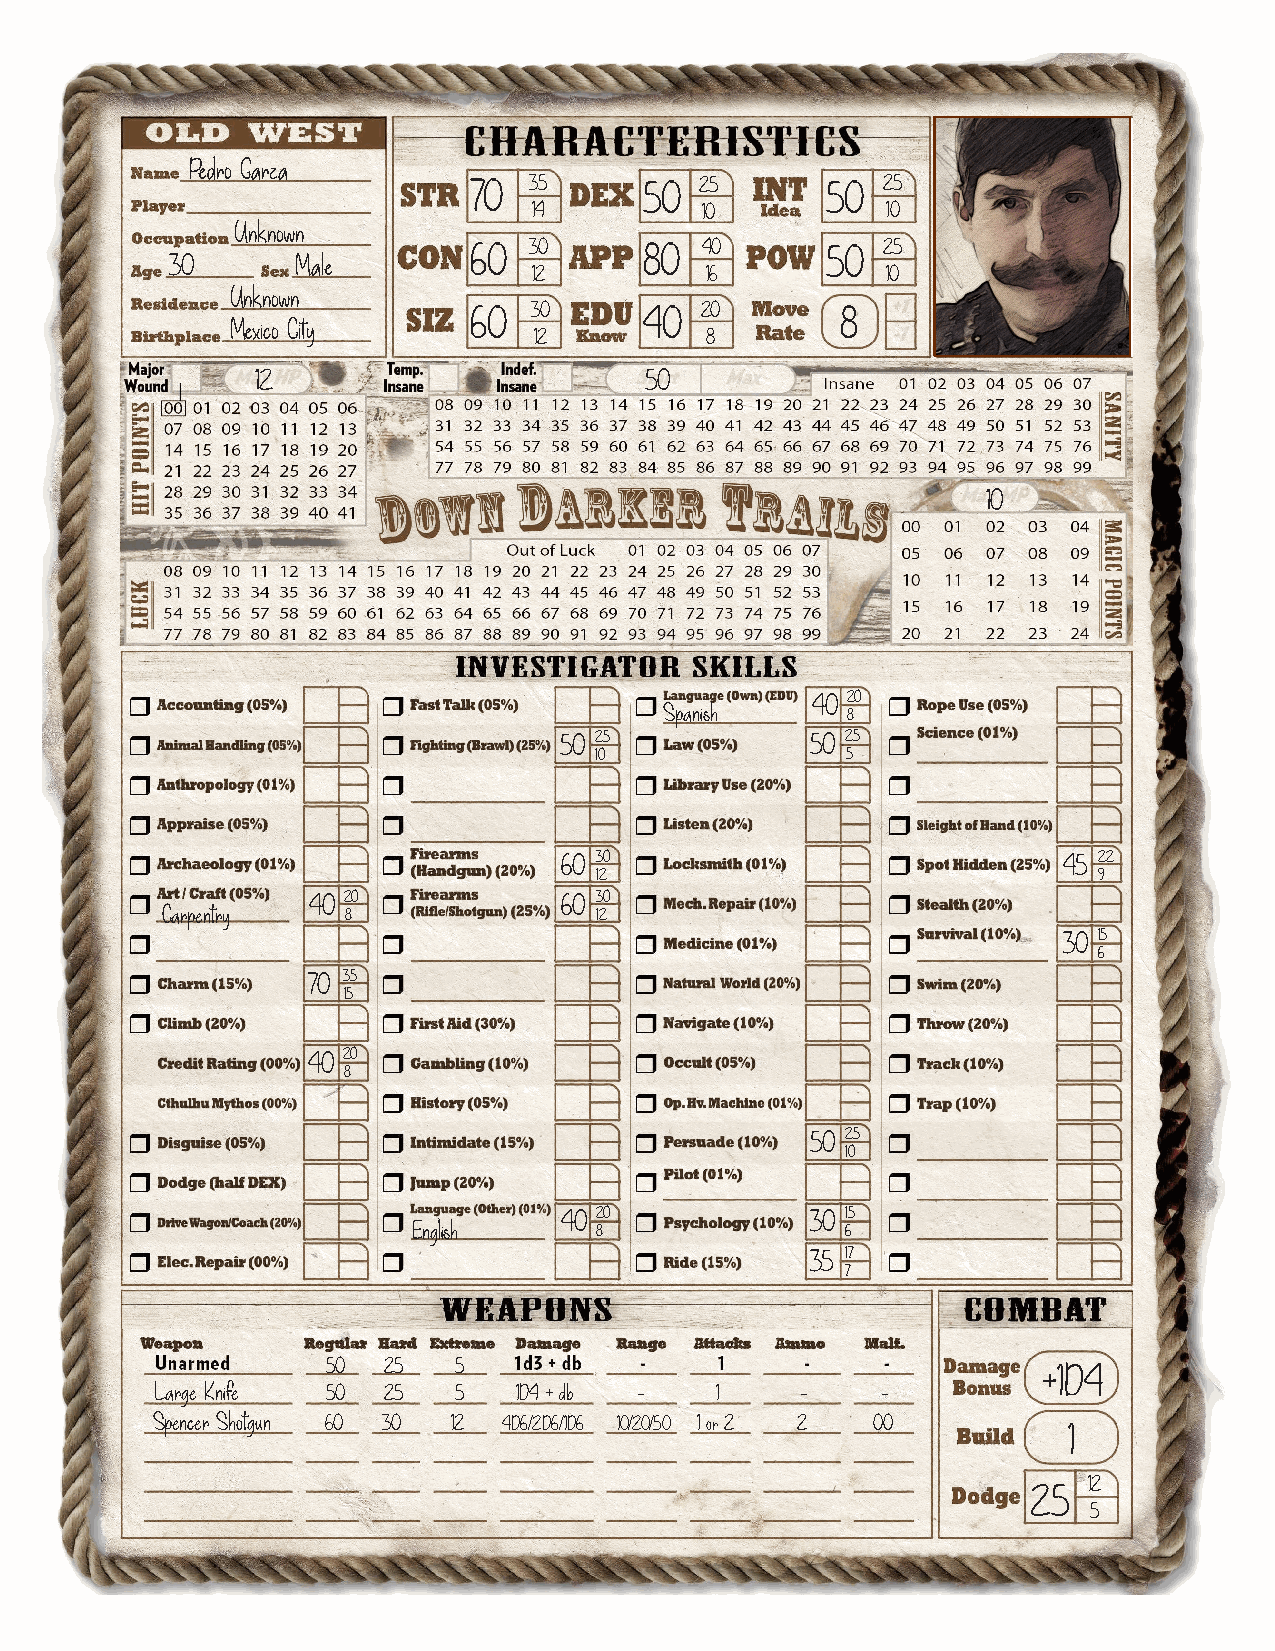
Pedro Garza
 70  35      50 25       50 25
 14         10           10
 Unknown
 60  30      80 40       50 25
 30       Male
 12          16          10
 Unknown
 60  30      40 20        8
 Mexico City
 12          8
 12                        50
 10
 40 20
 Spanish
 8
 50 25            50 25
 10               5
 60 30                            45 22
 12                                9
 40 20            60 30
 Carpentry   8               12
 30 15
 6
 70 35
 15
 40 20
 8
 50 25
 10
 40 20            30 15
 English     8                6
 35 17
 7
 50 25   5                                      +1D4
 Large Knife 50 25   5   1D4 + db -   1     -    -
 Spencer Shotgun 60 30 12 4D6/2D6/1D6 10/20/50 1 or 2 2 00    1
 12
 25
 5